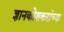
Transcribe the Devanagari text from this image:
ज्ञानकोशकरांच्या